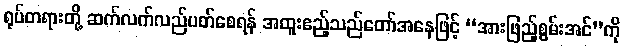
ရုပ်တရားတို့ ဆက်လက်လည်ပတ်စေရန် အထူးဧည့်သည်တော်အနေဖြင့် “အားဖြည့်စွမ်းအင်”ကို